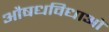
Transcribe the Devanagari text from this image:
औषधविधाओं